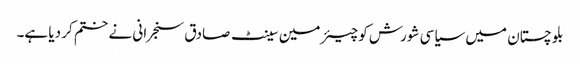
بلو چستان میں سیاسی شورش کو چیئرمین سینٹ صادق سنجرانی نے ختم کر دیا ہے۔